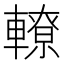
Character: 轑